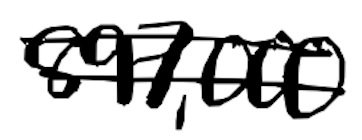
Text: 897,000
Cross-out: double-line
Writing tool: digital_black